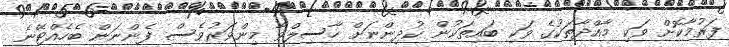
ފަރުމާކޮށް ވަކި މާއްދާތަކުގެ ވަކި ބައިތަކުން ކުދިންނަށް ހާސިލްވާ މިންވަރުވެސް ފެންނަން ބެހެއްޓޭނެ